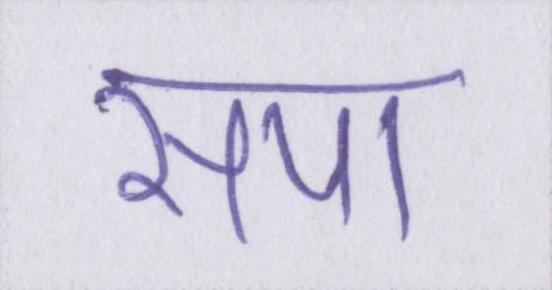
सपा